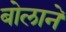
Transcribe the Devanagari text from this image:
बोलाने